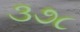
૩૭૮